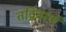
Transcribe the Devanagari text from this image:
तद्विवरणं